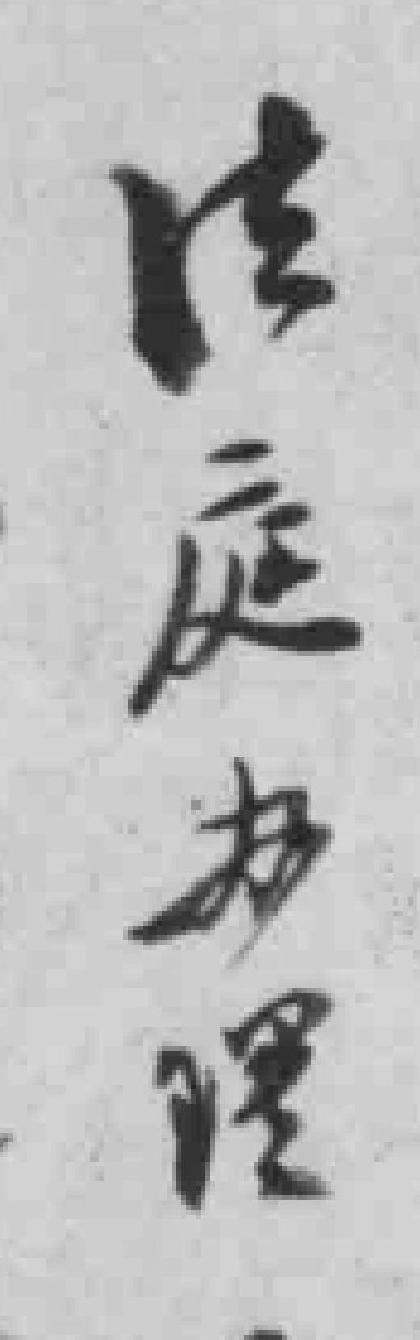
法庭办理